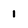
Character: 1